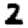
Digit: 2